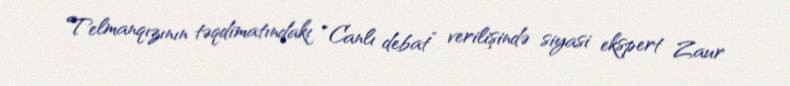
Telmanqızının təqdimatındakı “Canlı debat” verilişində siyasi ekspert Zaur